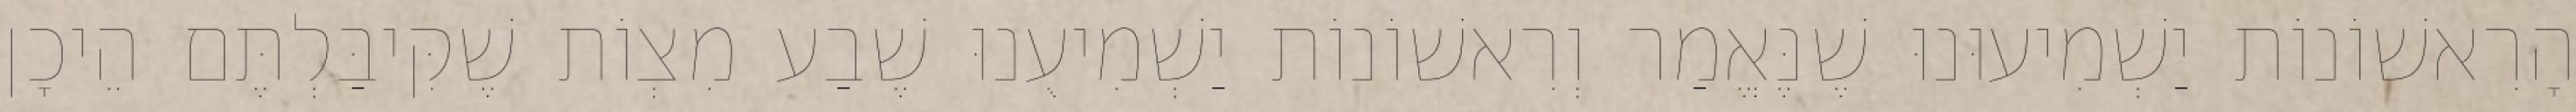
הָרִאשׁוֹנוֹת יַשְׁמִיעוּנוּ שֶׁנֶּאֱמַר וְרִאשׁוֹנוֹת יַשְׁמִיעֻנוּ שֶׁבַע מִצְוֹת שֶׁקִּיבַּלְתֶּם הֵיכָן